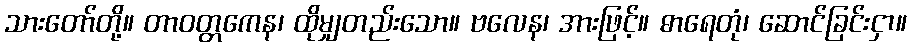
သားတော်တို့။ တာဝတ္တကေန၊ ထိုမျှတည်းသော။ ဗလေန၊ အားဖြင့်။ ဓာရေတုံ၊ ဆောင်ခြင်းငှာ။